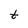
Character: t